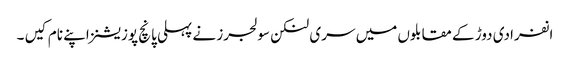
انفرادی دوڑ کے مقابلوں میں سری لنکن سولجرز نے پہلی پانچ پوزیشنز اپنے نام کیں ۔